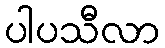
ပါပသီလာ